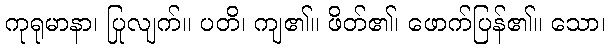
ကုရုမာနာ၊ ပြုလျက်။ ပတိ၊ ကျ၏။ ဖိတ်၏၊ ဖောက်ပြန်၏။ သော၊